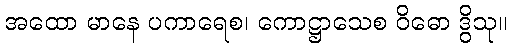
အထော မာနေ ပကာရေစ၊ ကောဋ္ဌာသေစ ဝိဓော ဒွိသု။